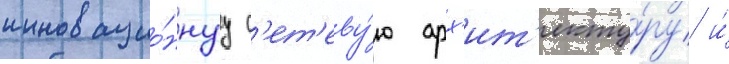
инновацио́ннуу с'ет'еву́ю арх'ит'екту́ру и́